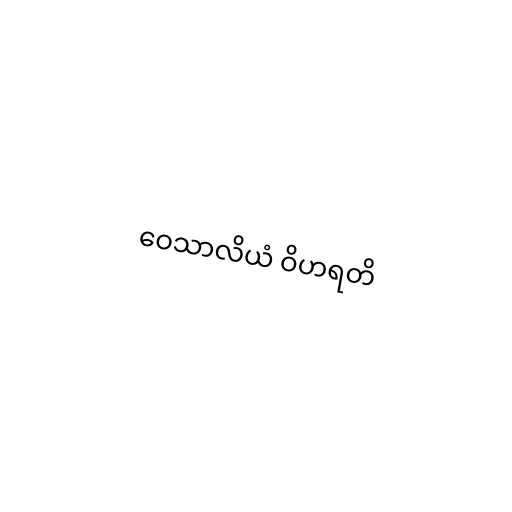
ဝေသာလိယံ ဝိဟရတိ